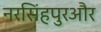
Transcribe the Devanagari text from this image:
नरसिंहपुरऔर